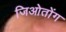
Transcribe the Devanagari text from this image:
जिओतोंग